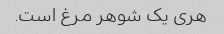
هری یک شوهر مرغ است.